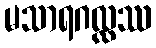
မသာရဂလ္လဿ